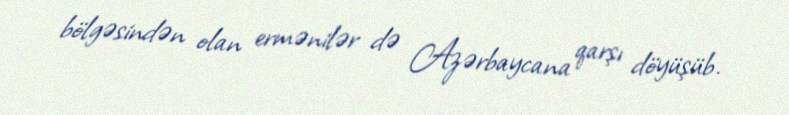
bölgəsindən olan ermənilər də Azərbaycana qarşı döyüşüb.